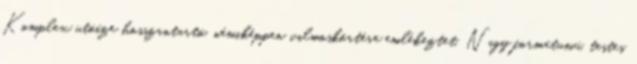
Komplex utóíze hosszantartó, némiképpen vilmoskörtére emlékeztet. Nagy formátumú, testes